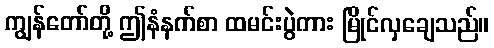
ကျွန်တော်တို့ ဤနံနက်စာ ထမင်းပွဲကား မြိုင်လှချေသည်။